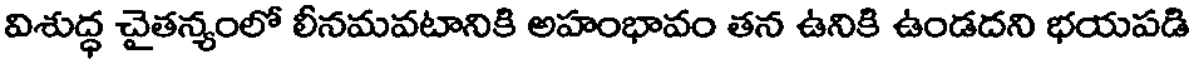
విశుద్ధ చైతన్యంలో లీనమవటానికి అహంభావం తన ఉనికి ఉండదని భయపడి